画像に写った文字を読んでください
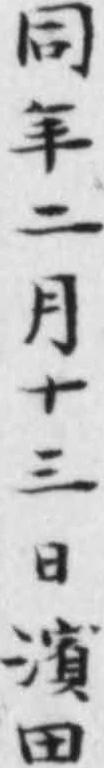
「同年二月十三日濱田」と書いてあります